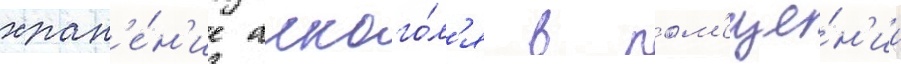
хран'е́н'ие алкого́л'я в пом'еще́н'ии